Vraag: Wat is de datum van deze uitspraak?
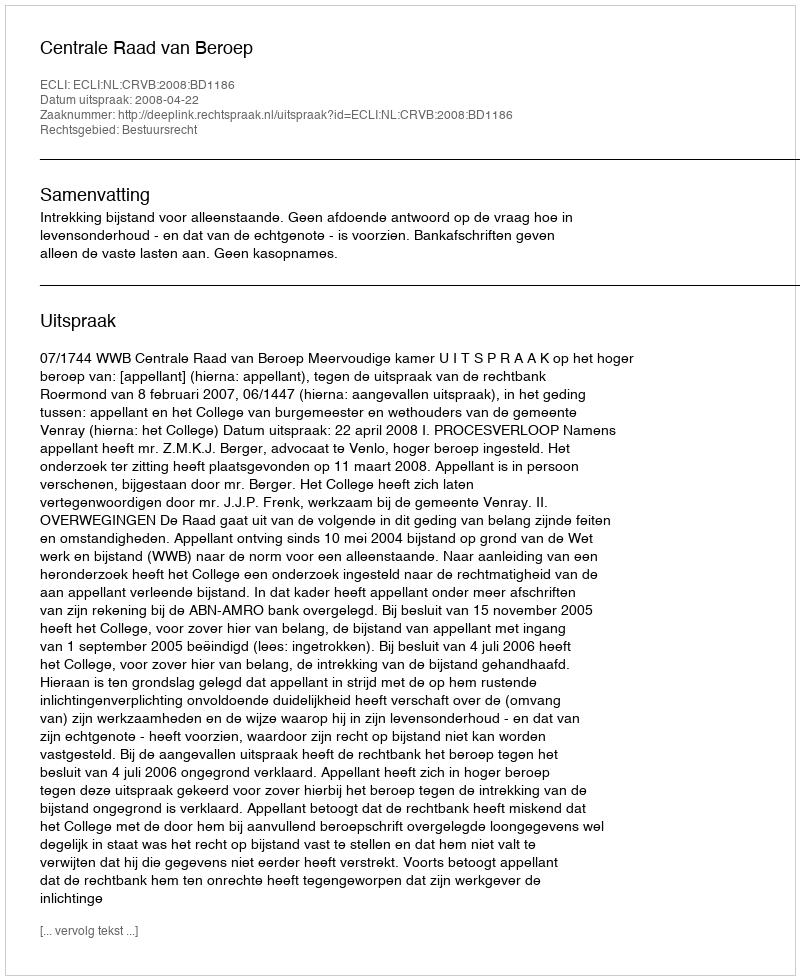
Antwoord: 2008-04-22